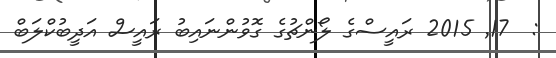
:  17